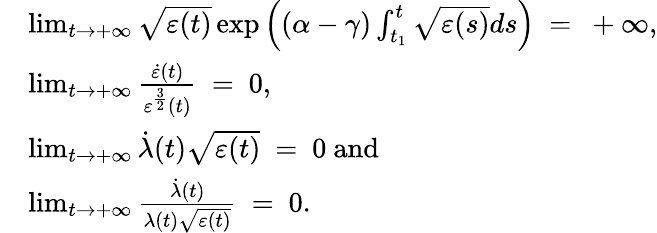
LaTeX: \begin{array}{rl}&{\operatorname*{lim}_{t\to+\infty}\sqrt{\varepsilon(t)}\exp\left((\alpha-\gamma)\int_{t_{1}}^{t}\sqrt{\varepsilon(s)}ds\right)\ =\ +\infty,}\\ &{\operatorname*{lim}_{t\to+\infty}\frac{\dot{\varepsilon}(t)}{\varepsilon^{\frac{3}{2}}(t)}\ =\ 0,}\\ &{\operatorname*{lim}_{t\to+\infty}\dot{\lambda}(t)\sqrt{\varepsilon(t)}\ =\ 0\mathrm{~and~}}\\ &{\operatorname*{lim}_{t\to+\infty}\frac{\dot{\lambda}(t)}{\lambda(t)\sqrt{\varepsilon(t)}}\ =\ 0.}\end{array}